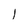
Character: 1